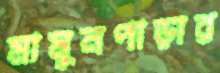
মামুনপাড়ার